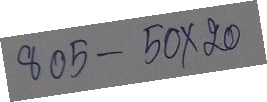
805 - 50 x 20